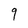
Character: 9